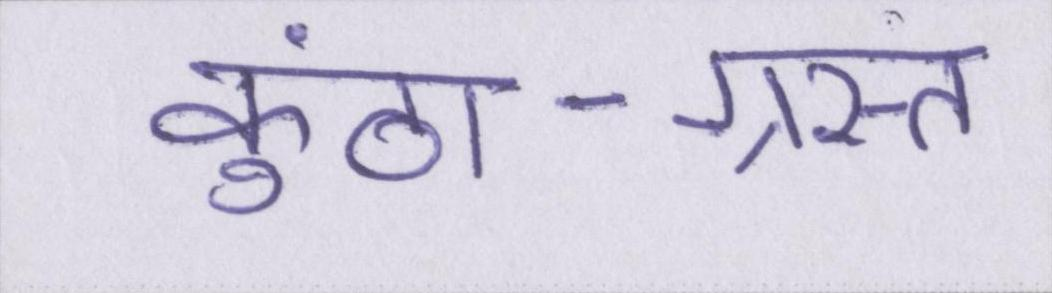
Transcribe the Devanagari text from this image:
कुंठा-ग्रस्त